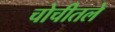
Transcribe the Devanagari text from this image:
चोचीतले